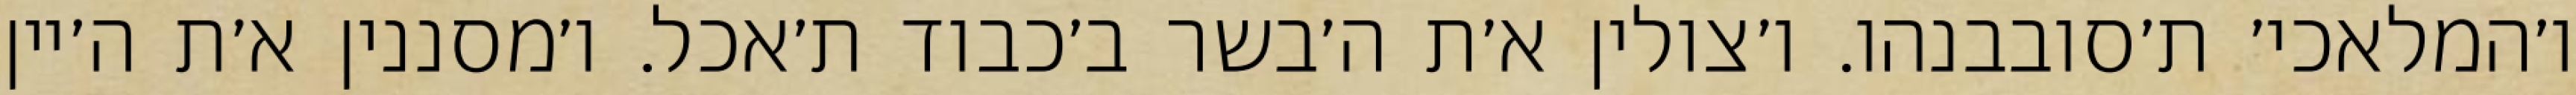
ו׳המלאכי׳ ת׳סובבנהו. ו׳צולין א׳ת ה׳בשר ב׳כבוד ת׳אכל. ו׳מסננין א׳ת ה׳יין